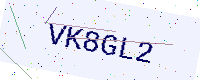
Text: VK8GL2